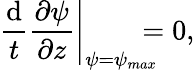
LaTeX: \frac{\mathrm{d}}{t}\left.\frac{\partial\psi}{\partial z}\right|_{\psi=\psi_{max}}\! \! \! \! \! =0,